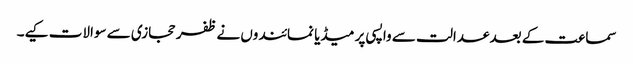
سماعت کے بعد عدالت سے واپسی پر میڈیا نمائندوں نے ظفر حجازی سے سوالات کیے۔